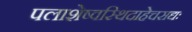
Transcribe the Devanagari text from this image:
पलाशेष्वस्थिदाहेचसद्यः